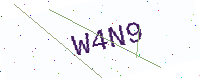
Text: W4N9